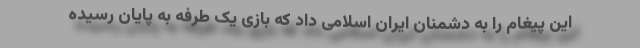
این پیغام را به دشمنان ایران اسلامی داد که بازی یک طرفه به پایان رسیده